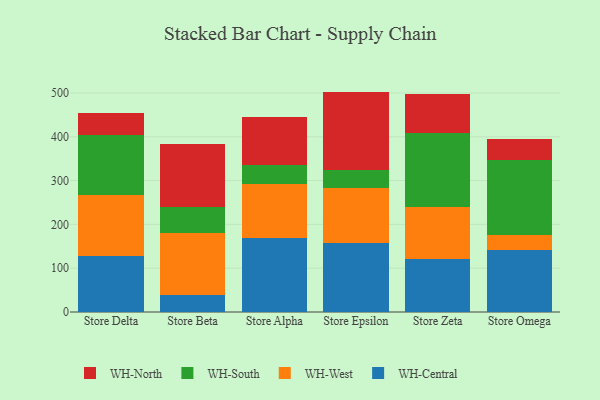
{"axis": {"x": "Store", "y": "Tickets Resolved"}, "legend": ["WH-Central", "WH-North", "WH-South", "WH-West"], "data": [{"x": "Store Delta", "y": 127.4, "type": "WH-Central"}, {"x": "Store Delta", "y": 139.2, "type": "WH-West"}, {"x": "Store Delta", "y": 137.9, "type": "WH-South"}, {"x": "Store Delta", "y": 48.7, "type": "WH-North"}, {"x": "Store Beta", "y": 38.6, "type": "WH-Central"}, {"x": "Store Beta", "y": 141.8, "type": "WH-West"}, {"x": "Store Beta", "y": 58.7, "type": "WH-South"}, {"x": "Store Beta", "y": 143.9, "type": "WH-North"}, {"x": "Store Alpha", "y": 169.1, "type": "WH-Central"}, {"x": "Store Alpha", "y": 122.9, "type": "WH-West"}, {"x": "Store Alpha", "y": 43.5, "type": "WH-South"}, {"x": "Store Alpha", "y": 110.3, "type": "WH-North"}, {"x": "Store Epsilon", "y": 158.3, "type": "WH-Central"}, {"x": "Store Epsilon", "y": 124.3, "type": "WH-West"}, {"x": "Store Epsilon", "y": 41.0, "type": "WH-South"}, {"x": "Store Epsilon", "y": 179.5, "type": "WH-North"}, {"x": "Store Zeta", "y": 120.1, "type": "WH-Central"}, {"x": "Store Zeta", "y": 120.4, "type": "WH-West"}, {"x": "Store Zeta", "y": 167.0, "type": "WH-South"}, {"x": "Store Zeta", "y": 90.7, "type": "WH-North"}, {"x": "Store Omega", "y": 142.1, "type": "WH-Central"}, {"x": "Store Omega", "y": 34.2, "type": "WH-West"}, {"x": "Store Omega", "y": 169.8, "type": "WH-South"}, {"x": "Store Omega", "y": 48.3, "type": "WH-North"}]}